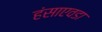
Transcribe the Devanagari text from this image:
हंसाएवडा